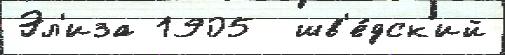
Эл'иза 1905  шв'е́дск'ий